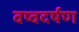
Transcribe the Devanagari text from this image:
वष्वदर्षण